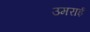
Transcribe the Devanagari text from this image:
उमराई